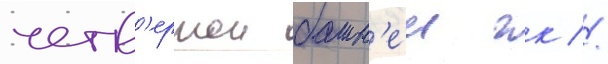
четв'ертои башн'еи гк //